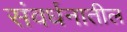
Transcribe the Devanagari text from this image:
संवर्धनातील